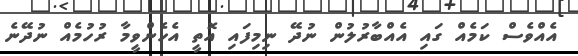
އެއްވެސް ކަމެއް ގައި އެއްބާރުލުން ނުދޭ ނިމިފައި އޮތީ އެހެންވީމާ ރުހުމެއް ނުދޭނެ